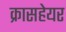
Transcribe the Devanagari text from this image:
क्रासहेयर